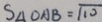
S _ { \Delta O A B } = \sqrt { 1 0 }